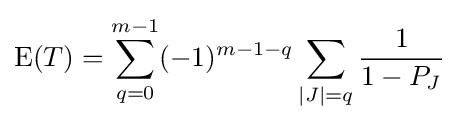
\operatorname {E} (T)=\sum _{q=0}^{m-1}(-1)^{m-1-q}\sum _{|J|=q}{\frac {1}{1-P_{J}}}